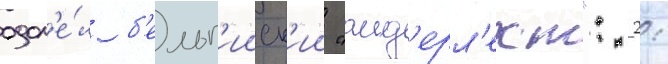
одол'е́л б'ельг'ииск'ии "анд'ерл'ехт": 2: